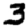
Digit: 3